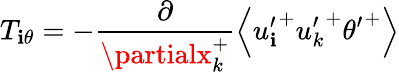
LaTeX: T_{\mathbf{i}\theta}=-\frac{{\partial}}{{\partialx_{k}^{+}}}\left<{u_{\mathbf{i}}^{\prime}}^{+}{u_{k}^{\prime}}^{+}{\theta^{\prime}}^{+}\right>